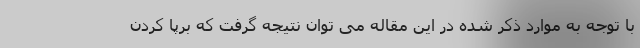
با توجه به موارد ذکر شده در این مقاله می توان نتیجه گرفت که برپا کردن